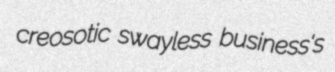
creosotic swayless business's